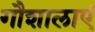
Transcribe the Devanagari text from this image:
गौशालाएं